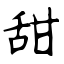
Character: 甜